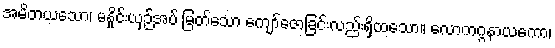
အမိတယသော၊ မနှိုင်းယှဉ်အပ် မြတ်သော ကျော်ဇောခြင်းလည်းရှိထသော။ လောကဂ္ဂနာယကော၊